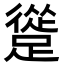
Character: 𨄦